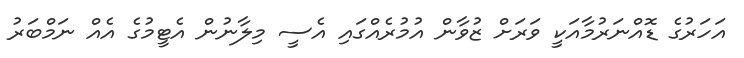
އަހަރުގެ ޑޮއްނަރުމާއަކީ ވަރަށް ޒުވާން އުމުރެއްގައި އެސީ މިލާނުން އެޓީމުގެ އެއް ނަމްބަރު